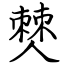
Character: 僰